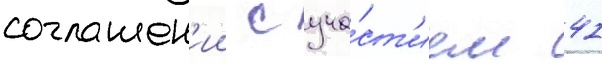
соглашен'ии с уча́ст'ием 41